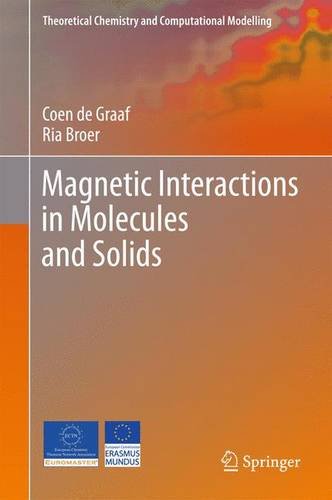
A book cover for Magnetic Interactions in Molecules and Solids (Theoretical Chemistry and Computational Modelling); Coen de Graaf; Science & Math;